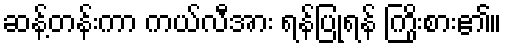
ဆန့်တန်းကာ ကယ်လီအား ရန်ပြုရန် ကြိုးစား၏။